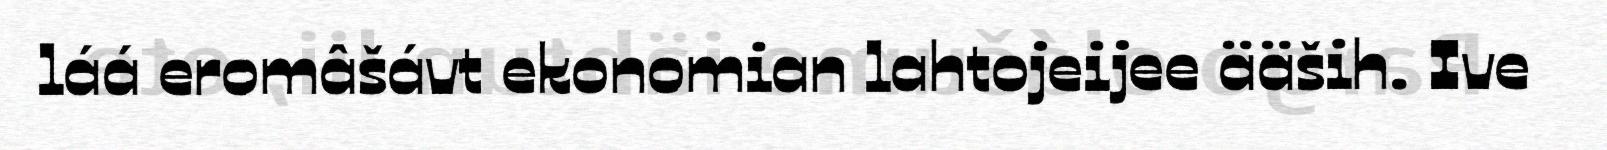
láá eromâšávt ekonomian lahtojeijee ääših. Ive